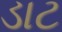
ડાટ